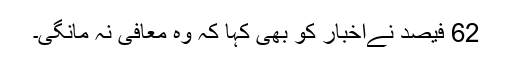
62 فیصد نےاخبار کو بھی کہا کہ وہ معافی نہ مانگی۔